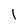
Character: 1